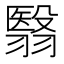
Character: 翳